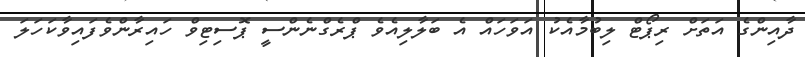
ދާއިންގެ އަތަށް ރިޕޯޓް ލިބުމާއެކު އަވަހައް އެ ބަލާލިއެވެ ޕްރެގްނެންސީ ޕޮސިޓިވް ހައިރާންވެފައިވާކަހަލަ